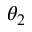
\theta _ { 2 }